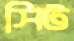
সিট